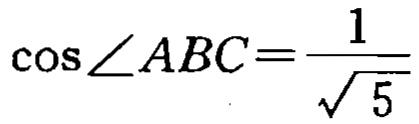
\(\cos \angle ABC=\frac{1}{\sqrt{5}}\)